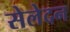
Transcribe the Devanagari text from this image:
सेलेदन